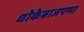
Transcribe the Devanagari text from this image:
धोकेबाजपणा